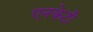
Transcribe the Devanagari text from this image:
एनकेटी